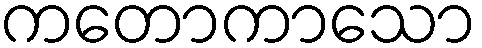
ကတောကာသော